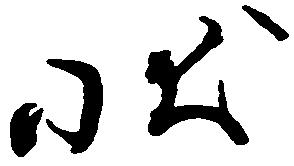
状